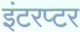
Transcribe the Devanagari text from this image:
इंटरप्टर